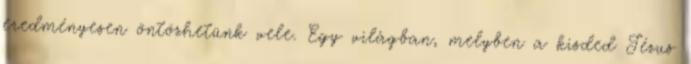
eredményesen öntözhetünk vele. Egy világban, melyben a kisded Jézus